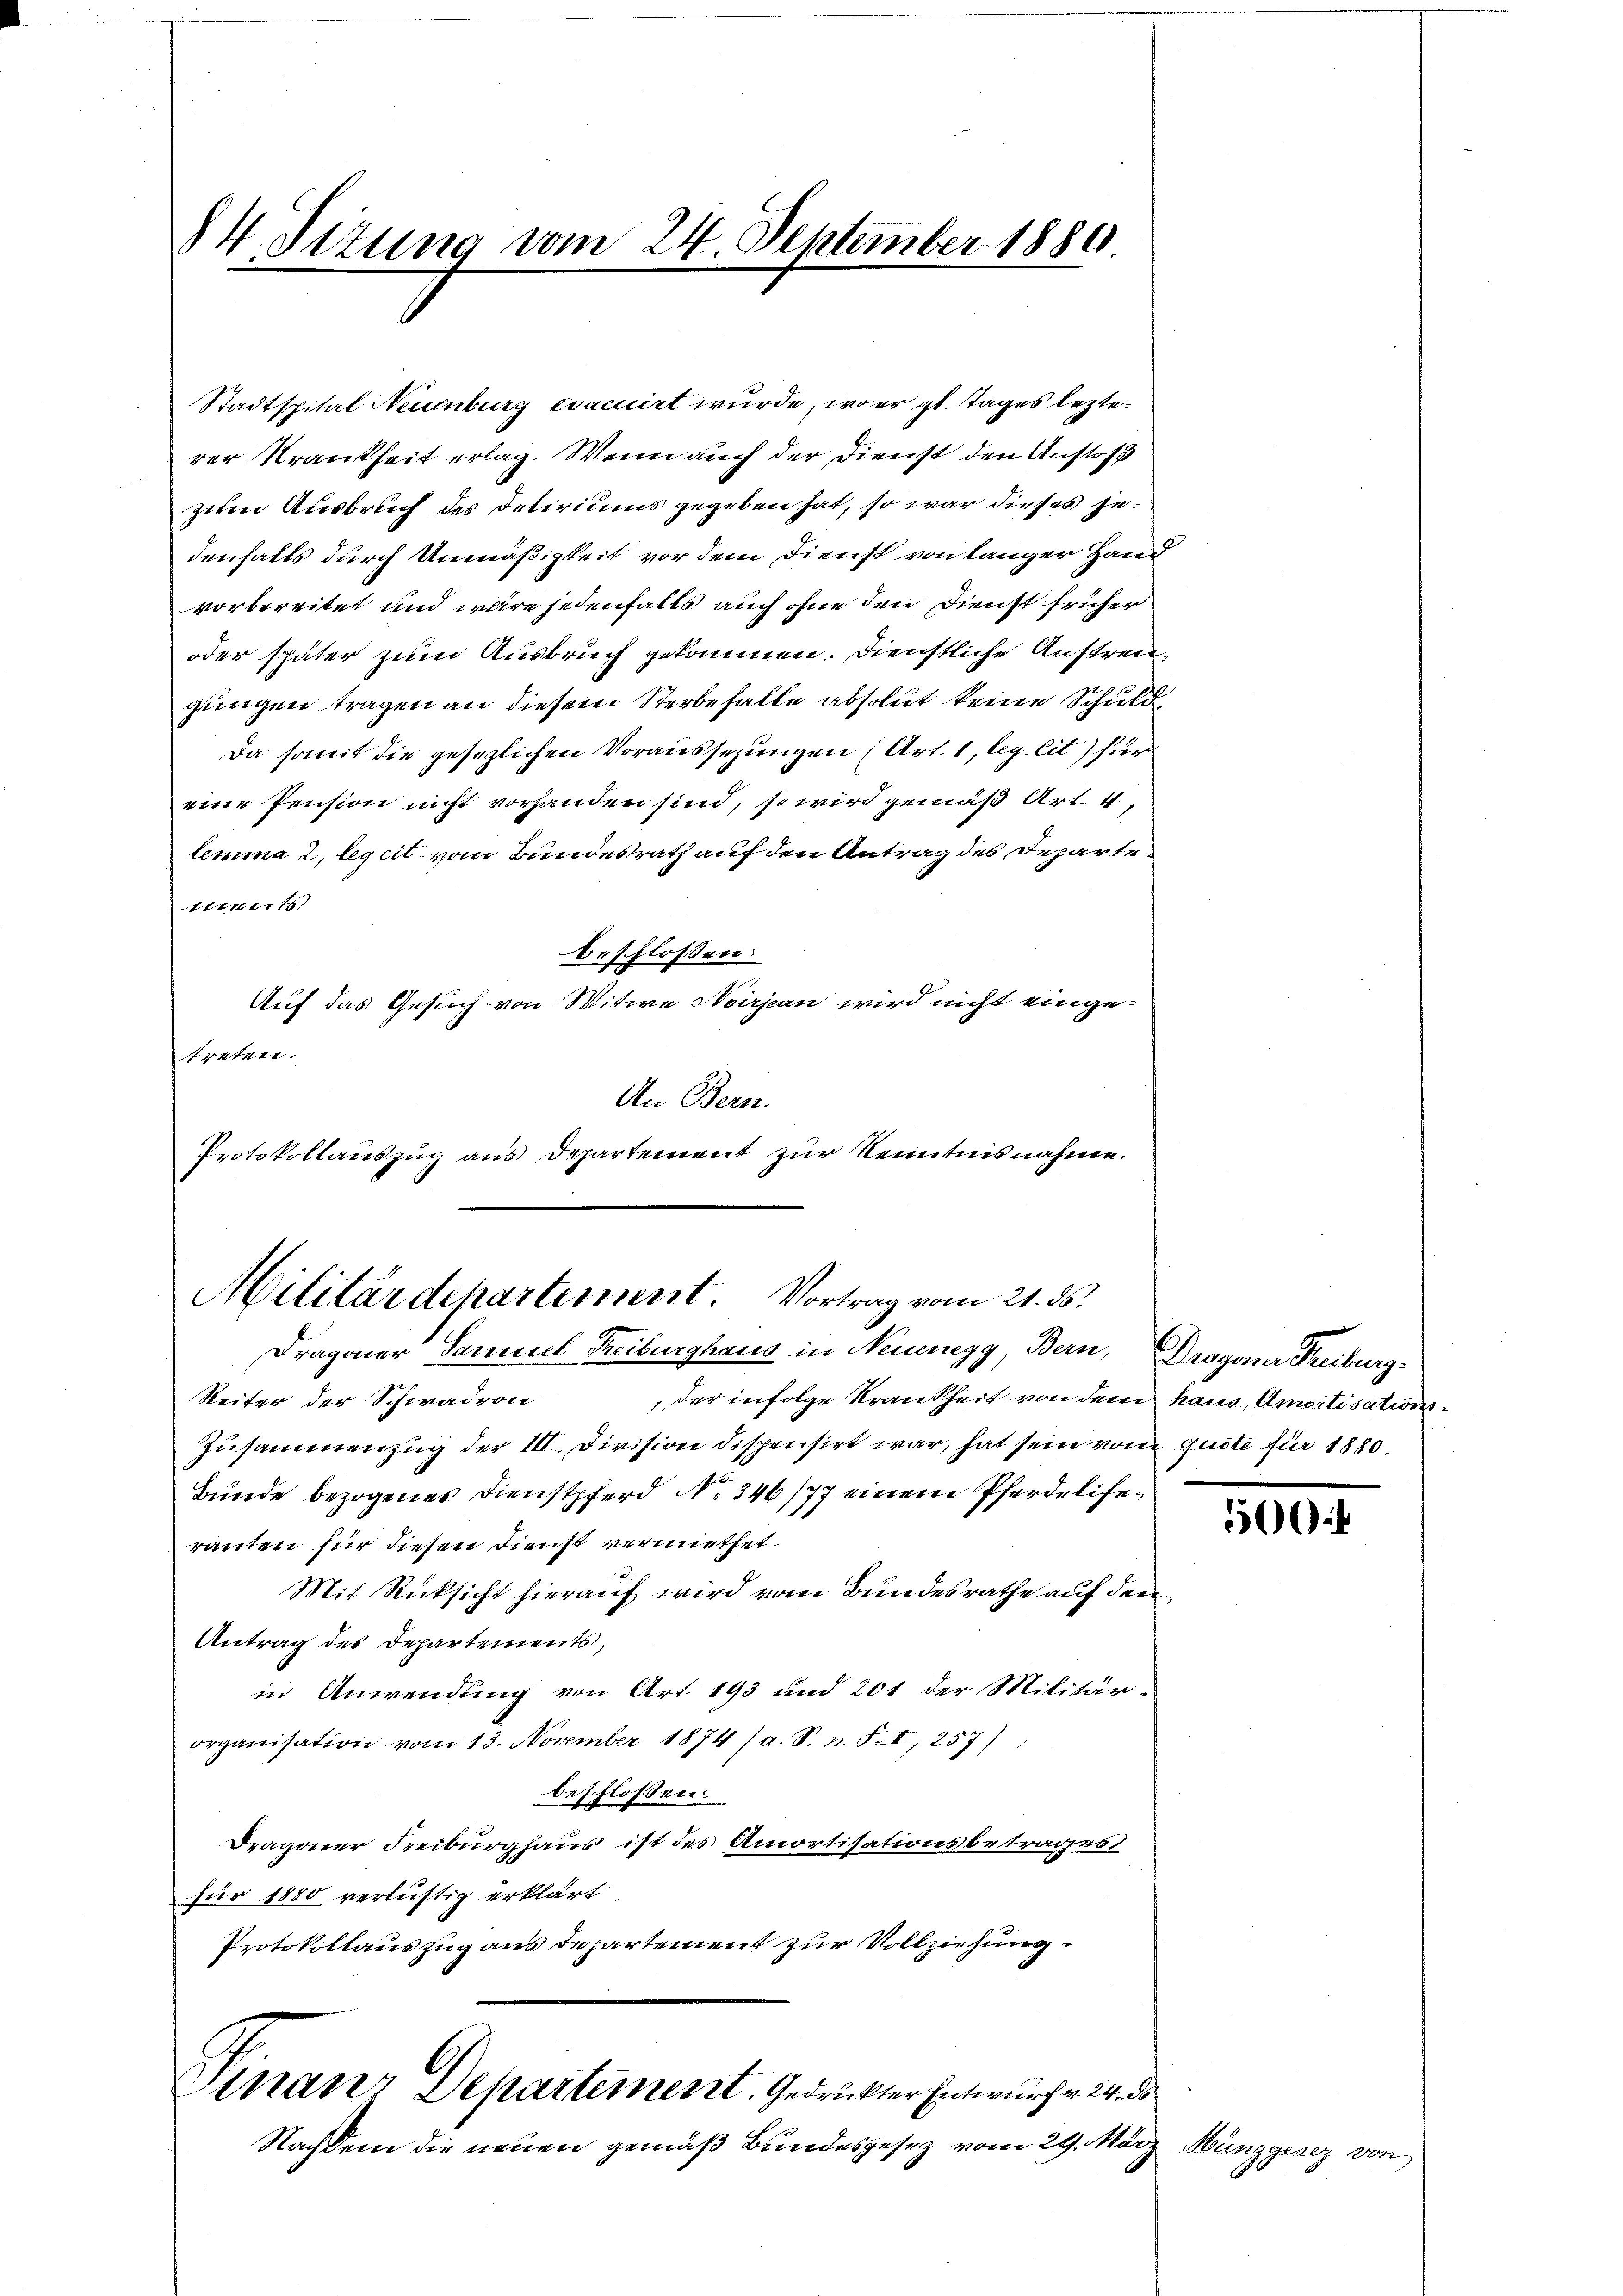
Reiter der Schwadron
der infolge Krankheit von dem haus, Amertisations¬
Zusammenzug der III. Division dispensirt war, hat sein vom guote für 1880.
Bunde bezogenes Dienstpferd No 346/77 einem Pferdeliferauten für diesen Dienst vermiethet.
Mit Rücksicht hierauf wird vom Bundesrathe auf den
Antrag des Departements,
in Anwendung von Art. 193 und 201 der Militär-
organisation vom 13. November 1874 (a. S. n. F. I, 257)
beschlossen:
Dragoner Freiburghaus ist des Amortisationsbetrages
für 1880 verlustig erklärt
Protokollauszug aus Departement zur Vollziehung

84. Sitzung vom 24. September 1880

Stadtspital Neuenburg evacirt wurde, wo er gl. Tages lezterer Krankheit erlag. Wenn auch der Dienst den Anstoß
ziten Ausbreich des Deliritums gegeben hat, so war dieses jedenfalls durch Unmäßigkeit vor dem Dienst von langer Hand
vorbereitet und wäre jedenfalls auch ohne den Dienst früher
oder später zum Ausbruch gekommen. Dienstliche Austrengungen tragen an diesem Sterbehalte absolut keine Schuld¬
Da somit die gesezlichen Voraussezungen (Art. 1, leg. Cit) für
eine Pension nicht vorhanden sind, so wird gemäß Art. 4,
lemma 2, legcit vom Bundesrath auf den Antrag des Departeff 2127 f
beschlossen:
Auf das Gesuch von Witwe Noirjean wird nicht eingetreten.
An Bern.
Protokollauszug aus Departement zur Kenntnisnahme.

Militärdepartement. Vortrag vom 21. ds.
Dragoner Samuel Reiburghaus in Neuenegg, Bern, Dragoner Freiburg-

Finanz Departement. Gedrückter Entwurf v. 24. ds

Nachdem die neuen gemäß Bundesgesez vom 29. März

500

Münzgesez von